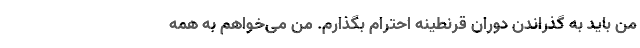
من باید به گذراندن دوران قرنطینه احترام بگذارم. من می‌خواهم به همه